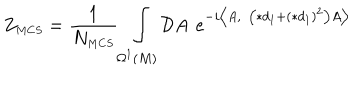
LaTeX: Z _ { \scriptscriptstyle M C S } = \frac { 1 } { N _ { \scriptscriptstyle M C S } } \int _ { \Omega ^ { \scriptscriptstyle 1 } ( M ) } \mathcal { D } A e ^ { - i \bigl \langle A , \left( \ast d _ { \scriptscriptstyle 1 } + ( \ast d _ { \scriptscriptstyle 1 } ) ^ { \scriptscriptstyle 2 } \right) A \bigr \rangle }